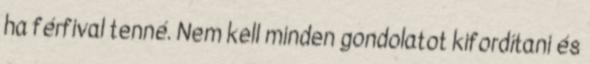
ha férfival tenné. Nem kell minden gondolatot kifordítani és